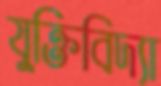
যুক্তিবিদ্যা